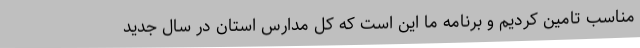
مناسب تامین کردیم و برنامه ما این است که کل مدارس استان در سال جدید